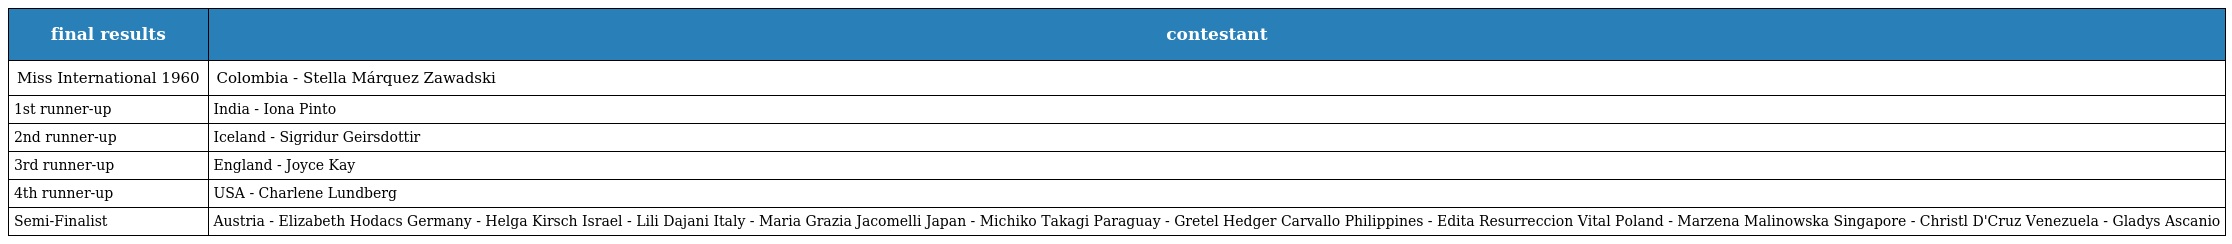
| final results | contestant |
 | --- | --- |
 | Miss International 1960 | Colombia - Stella Márquez Zawadski |
 | 1st runner-up | India - Iona Pinto |
 | 2nd runner-up | Iceland - Sigridur Geirsdottir |
 | 3rd runner-up | England - Joyce Kay |
 | 4th runner-up | USA - Charlene Lundberg |
 | Semi-Finalist | Austria - Elizabeth Hodacs Germany - Helga Kirsch Israel - Lili Dajani Italy - Maria Grazia Jacomelli Japan - Michiko Takagi Paraguay - Gretel Hedger Carvallo Philippines - Edita Resurreccion Vital Poland - Marzena Malinowska Singapore - Christl D'Cruz Venezuela - Gladys Ascanio |